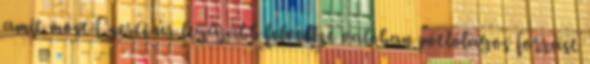
amit most Cserti úr legújabb felvetése valóban pótlólagos forrást